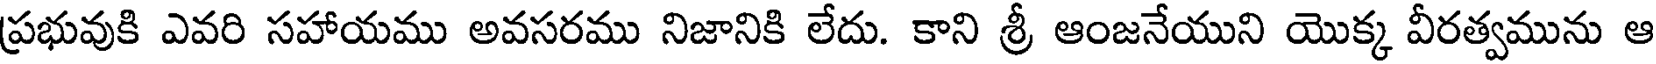
ప్రభువుకి ఎవరి సహాయము అవసరము నిజానికి లేదు. కాని శ్రీ ఆంజనేయుని యొక్క వీరత్వమును ఆ